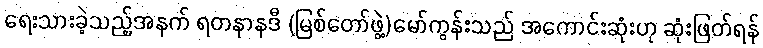
ရေးသားခဲ့သည့်အနက် ရတနာနဒီ (မြစ်တော်ဖွဲ့)မော်ကွန်းသည် အကောင်းဆုံးဟု ဆုံးဖြတ်ရန်